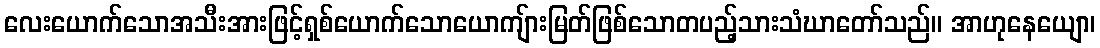
လေးယောက်သောအသီးအားဖြင့်ရှစ်ယောက်သောယောကျ်ားမြတ်ဖြစ်သောတပည့်သားသံဃာတော်သည်။ အာဟုနေယျော၊